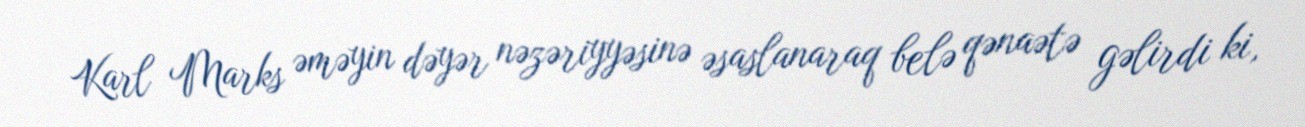
Karl Marks əməyin dəyər nəzəriyyəsinə əsaslanaraq belə qənaətə gəlirdi ki,